system: You are a helpful assistant.
user:
Analyze the provided spectrum to determine if it is a **Carbon Star (C-type)**.

- **Key Visual Indicators of Carbon Star:**
    - **(Primary):** Strong molecular absorption from **C₂ (diatomic carbon) "Swan Bands."** This is the **defining feature** of a carbon star.
        - **(Key Bandheads):** Sharp absorption edges are visible at approximately $5635$ Å, $5165$ Å (the strongest band), and $4737$ Å.
        - **(Line Profile):** Creates a distinct **"saw-tooth"** pattern. The key morphology is a sharp, steep bandhead on the **red (long-wavelength) side**, which then gradually tapers off (i.e., flux recovers) towards the **blue (short-wavelength) side**. *(This is the direct opposite of the TiO bands seen in M-type stars)*.

    - **(Secondary):** Intense **CN (cyanogen)** molecular absorption bands.
        - **(Key Bandheads):** Located in the blue and violet regions of the spectrum (e.g., near $4215$ Å and $3883$ Å).
        - **(Morphology):** These bands are extremely broad and act as a "blanket," absorbing the vast majority of blue and violet light. This creates a characteristic **"cliff"** or **"steep drop-off"** in the spectrum's flux at short wavelengths.

    - **(Key Confirmation):** Strong **CH absorption band (G-band)**.
        - **(Key Bandhead):** Located around $4300$ Å. The contribution from CH molecules to this band is exceptionally strong.

    - **(Overall Spectrum):**
        - The continuum is severely "chopped up" by these deep molecular bands, especially C₂, rather than appearing as a smooth curve.
        - Due to the heavy CN and C₂ absorption in the blue-green, the vast majority of the star's flux is concentrated in the red part of the spectrum, giving the star its characteristic deep red color.

Think first, call **spectral_visualization_tool** if needed to examine features in detail, then provide your final answer. Your response must adhere to the following strict rules:
1.  **Overall Structure:** Your response must follow the format `<think>...</think> <tool_call>...</tool_call> (if a tool is used) <answer>...</answer>`.
2.  **Tool Usage Constraint:** You may only make **one** tool call per turn.
3.  **Final Answer Format:** In the `<answer>` tag, your conclusion must be inside a `\boxed{}` command (e.g., `\boxed{YES}`), followed by your justification.

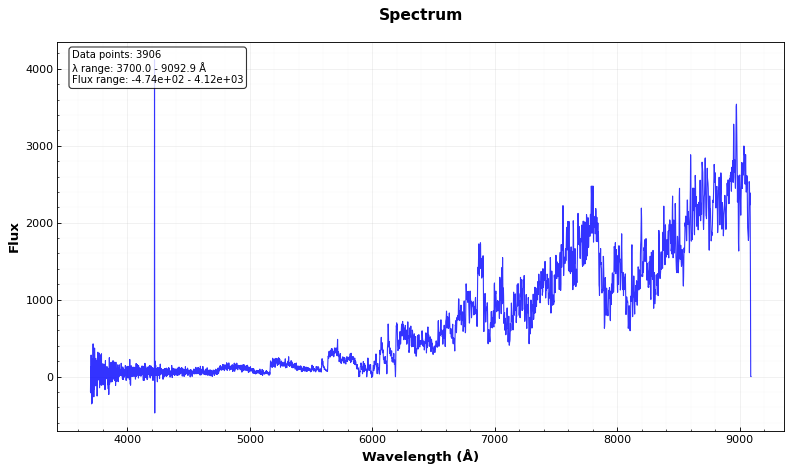
Answer: YES